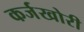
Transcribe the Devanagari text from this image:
कर्जखोरी